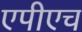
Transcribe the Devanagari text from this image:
एपीएच